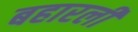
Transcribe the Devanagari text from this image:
बहारली